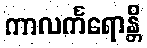
ကာလင်္ကရောန္တိ